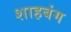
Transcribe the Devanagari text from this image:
शाहबंग